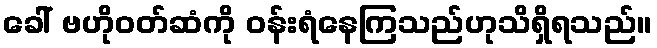
ခေါ် ဗဟိုဝတ်ဆံကို ဝန်းရံနေကြသည်ဟုသိရှိရသည်။